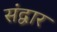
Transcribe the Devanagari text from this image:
संद्वार